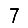
Digit: 7